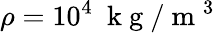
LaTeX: \rho=10^{4}~\mathrm{~k~g~}/\mathrm{~m~}^{3}